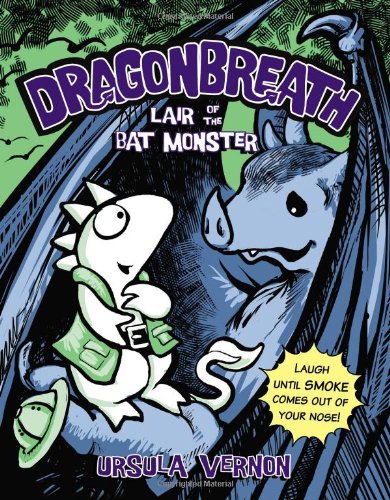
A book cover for Dragonbreath #4: Lair of the Bat Monster; Ursula Vernon; Children's Books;